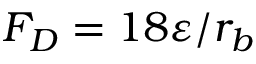
F _ { D } = 1 8 \varepsilon / r _ { b }